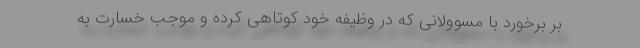
بر برخورد با مسوولانی که در وظیفه خود کوتاهی کرده و موجب خسارت به